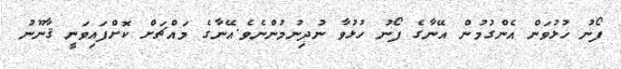
ފޯނު ހުޅުވަން އެންގުމުން އޭނާގެ ފޯނު ހުޅުވާ ނުދިނުމުންނެވެ.އޭނާގެ މައްޗަށް ކޮށްފައިވަނީ ޤާނޫނު